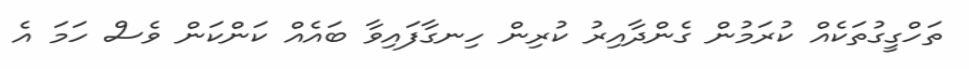
ތަހްގީގުތަކެއް ކުރަމުން ގެންދާއިރު ކުރިން ހިނގާފައިވާ ބައެއް ކަންކަން ވެސް ހަމަ އެ